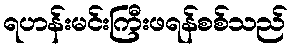
ရဟန်းမင်းကြီးဖရန်စစ်သည်